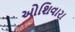
ઓશિવારા